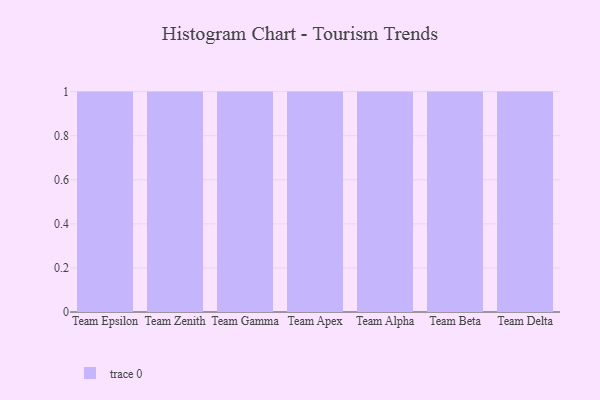
{"axis": {"x": "Team", "y": "Inventory Turnover"}, "legend": [""], "data": [{"x": "Team Epsilon", "y": 62, "type": ""}, {"x": "Team Zenith", "y": 42, "type": ""}, {"x": "Team Gamma", "y": 13, "type": ""}, {"x": "Team Apex", "y": 16, "type": ""}, {"x": "Team Alpha", "y": 8, "type": ""}, {"x": "Team Beta", "y": 78, "type": ""}, {"x": "Team Delta", "y": 64, "type": ""}]}